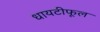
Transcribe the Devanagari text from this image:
धायटीफूल